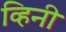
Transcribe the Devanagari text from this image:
व्हिनी